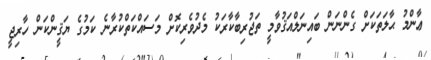
ޢާންމު ޙާލަތަކަށް ގެންނަން ބައިނަލްއަޤުވާމީ ތަޖުރިބާކާރަކު މެދުވެރިކޮށް މަސައްކަތްކުރާނެ ކަމުގެ ޔަޤީންކަން ހާރިޖީ